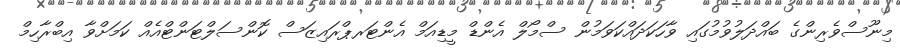
މިނޫސްވެރިންގެ ބައްދަލުވުމުގައި ވާހަކަދައްކަވަމުން ސްމޯލް އެންޑް މީޑިއަމް އެންޓަރޕްރައިޒަސް ކޮންސަލްޓަންޓްއެއް ކަމަށްވާ އިބްރާހިމް